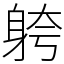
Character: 䠸